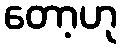
တော့ဟု